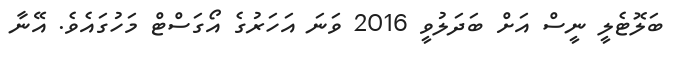
ބަލޮޓެލީ ނީސް އަށް ބަދަލުވީ 2016 ވަނަ އަހަރުގެ އޯގަސްޓް މަހުގައެވެ. އޭނާ